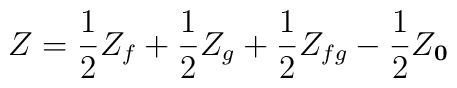
Z = {1\over 2} Z_f + {1\over 2} Z_g   +{1\over 2} Z_{fg} - {1\over 2} Z_{\bf 0}